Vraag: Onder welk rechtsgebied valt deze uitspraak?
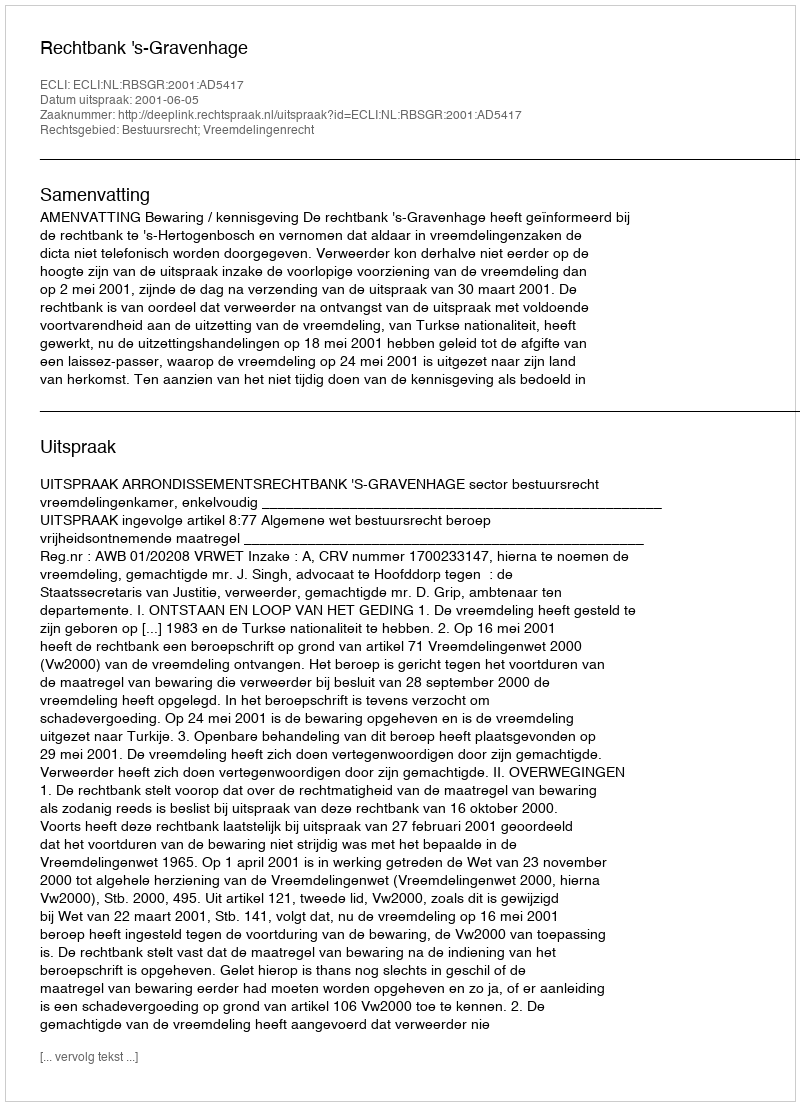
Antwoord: Bestuursrecht; Vreemdelingenrecht